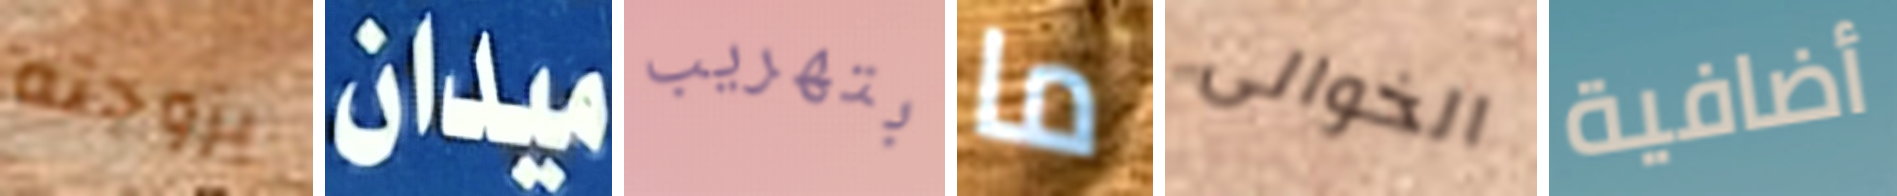
بزوجته ميدان بتهريب ما الخوالى أضافية